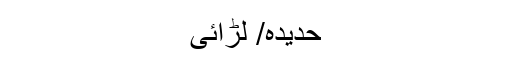
حدیدہ/ لڑائی